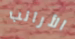
الأرانب